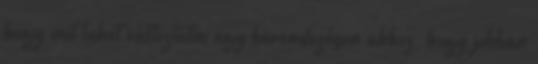
hogy mit lehet változtatni egy berendezésen ahhoz, hogy jobban